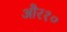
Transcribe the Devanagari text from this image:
और१०